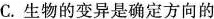
C.生物的变异是确定方向的